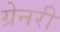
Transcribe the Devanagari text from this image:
ग्रेनरी